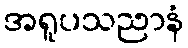
အရူပသညာနံ